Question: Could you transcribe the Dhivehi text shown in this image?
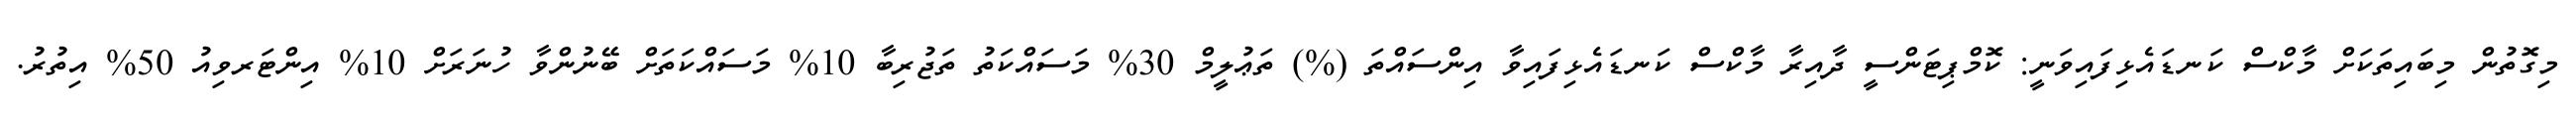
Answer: މިގޮތުން މިބައިތަކަށް މާކްސް ކަނޑައެޅިފައިވަނީ: ކޮމްޕިޓަންސީ ދާއިރާ މާކްސް ކަނޑައެޅިފައިވާ އިންސައްތަ (%) ތަޢުލީމް 30% މަސައްކަތު ތަޖުރިބާ 10% މަސައްކަތަށް ބޭނުންވާ ހުނަރަށް 10% އިންޓަރވިއު 50% އިތުރު.